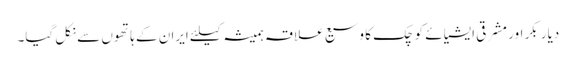
دیار بکر اور مشرقی ایشیائے کوچک کا وسیع علاقہ ہمیشہ کیلئے ایران کے ہاتھوں سے نکل گیا۔